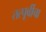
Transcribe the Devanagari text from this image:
तत्पूर्वीचा